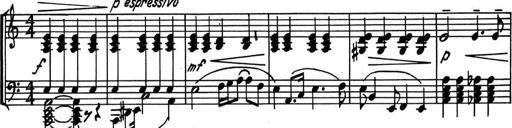
Title: Kleine Sonate
Composer: Raoul Koczalski
Key: C major